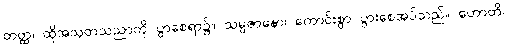
တတ္ထ၊ ထိုအသုတသညာကို ပွာစေရာ၌။ သမ္ပဇာနော၊ ကောင်းစွာ ပွားစေအပ်သည်။ ဟောတိ၊